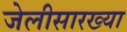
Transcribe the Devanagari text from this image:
जेलीसारख्या